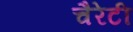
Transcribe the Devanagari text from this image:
चैरेटी